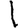
Digit: 1